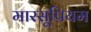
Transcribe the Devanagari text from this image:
मारसूपियम